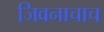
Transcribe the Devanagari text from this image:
जिवनाचाच